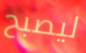
ليصبح